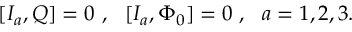
[ I _ { a } , Q ] = 0 \ , \ \ [ I _ { a } , \Phi _ { 0 } ] = 0 \ , \ \ a = 1 , 2 , 3 .